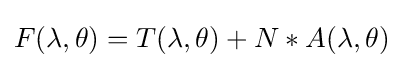
F(\lambda ,\theta )=T(\lambda ,\theta )+N*A(\lambda ,\theta )